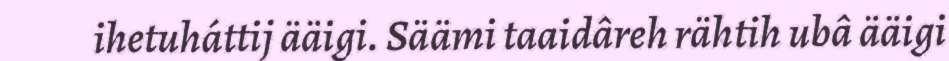
ihetuháttij ääigi. Säämi taaidâreh rähtih ubâ ääigi